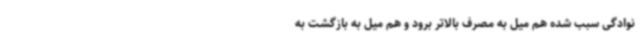
نوادگی سبب شده هم میل به مصرف بالاتر برود و هم‌ میل به بازگشت به